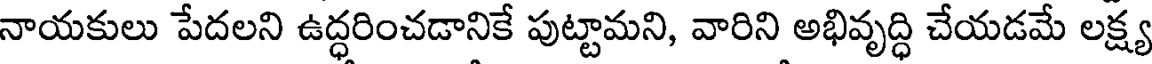
నాయకులు పేదలని ఉద్ధరించడానికే పుట్టామని, వారిని అభివృద్ధి చేయడమే లక్ష్య